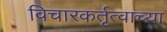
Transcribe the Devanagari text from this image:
विचारकर्तृत्वाच्या